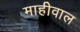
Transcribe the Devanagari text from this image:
माहीवाल